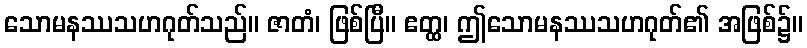
သောမနဿသဟဂုတ်သည်။ ဇာတံ၊ ဖြစ်ပြီ။ ဧတ္ထ၊ ဤသောမနဿသဟဂုတ်၏ အဖြစ်၌။